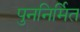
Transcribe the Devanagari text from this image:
पुननिर्मित